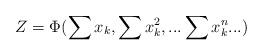
LaTeX: \begin{align*}Z=\Phi (\sum x_{k},\sum x_{k}^{2},...\sum x_{k}^{n}...)\end{align*}